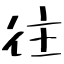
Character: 往